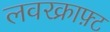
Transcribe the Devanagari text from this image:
लवरक्राफ़्ट